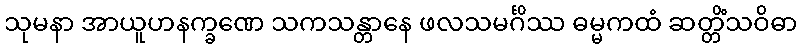
သုမနာ အာယူဟနက္ခဏေ သကသန္တာနေ ဖလသမင်္ဂိဿ ဓမ္မကထံ ဆတ္တိံသဝိဓာ